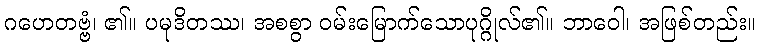
ဂဟေတဗ္ဗံ၊ ၏။ ပမုဒိတဿ၊ အစစွာ ဝမ်းမြောက်သောပုဂ္ဂိုလ်၏။ ဘာဝေါ၊ အဖြစ်တည်း။